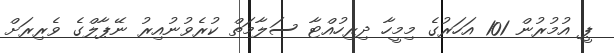
ޕީ އުމުރުން 101 އަހަރުގެ މިމީހާ ދިރިހުއްޓާ ސަލާމަތް ކުރެވުނުއިރު ނޭޕާލްގެ ވެރިރަށް